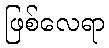
ဖြစ်လေရာ